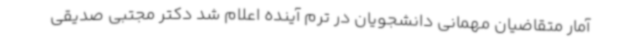
آمار متقاضیان مهمانی دانشجویان در ترم آینده اعلام شد دکتر مجتبی صدیقی